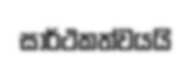
සාර්ථකත්වයයි